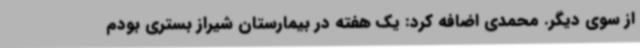
از سوی دیگر. محمدی اضافه کرد: یک هفته در بیمارستان شیراز بستری بودم